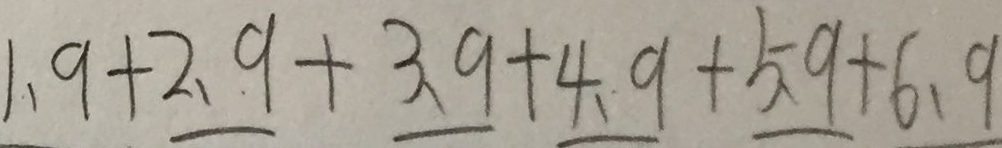
1 . 9 + 2 . 9 + 3 . 9 + 4 . 9 + 5 . 9 + 6 . 9